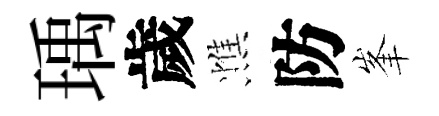
瑀歲憔防峯